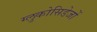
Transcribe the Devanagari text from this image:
ग्लुकोसिडेजों